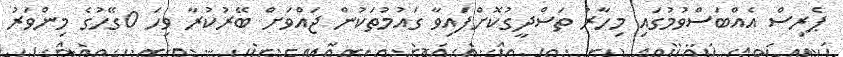
ޕެރިސް އެއްބަސްވުމުގައި މިހާރު ތަސްދީގުކޮށްފައިވާ ގައުމުތަކުން ޖައްވަށް ބޭރުކުރާ ވިހަ 0ގޭހުގެ މިންވަރު